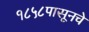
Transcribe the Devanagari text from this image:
१८५८पासूनचे